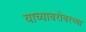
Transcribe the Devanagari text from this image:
याच्याबरोबरच्या